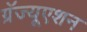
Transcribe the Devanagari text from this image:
ग्रॅज्यूएशन